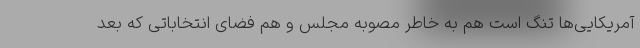
آمریکایی‌ها تنگ است هم به خاطر مصوبه مجلس و هم فضای انتخاباتی که بعد